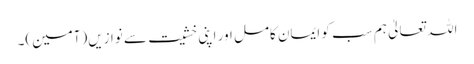
اللہ تعالیٰ ہم سب کو ایمان کامل اور اپنی خشیت سے نوازیں(آمین)۔